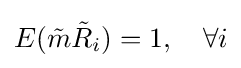
E({\tilde {m}}{\tilde {R}}_{i})=1,\quad \forall i